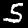
Label: 5